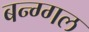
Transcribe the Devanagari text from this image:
बन्ग्गल